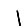
Digit: 1